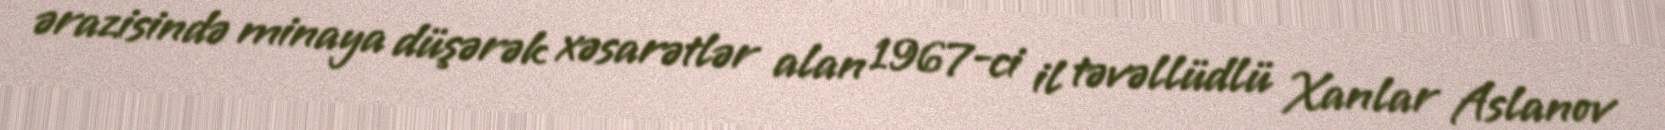
ərazisində minaya düşərək xəsarətlər alan 1967-ci il təvəllüdlü Xanlar Aslanov